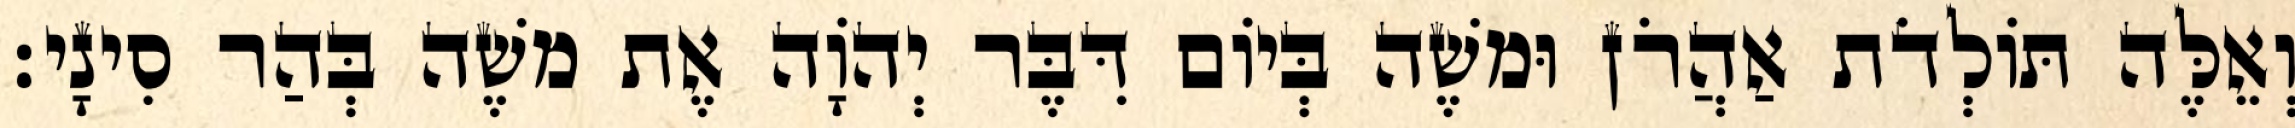
וְאֵלֶּה תּוֹלְדֹת אַהֲרֹן וּמשֶׁה בְּיוֹם דִּבֶּר יְהוָֹה אֶת משֶׁה בְּהַר סִינָי׃